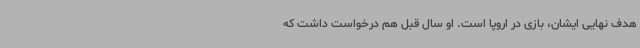
هدف نهایی ایشان، بازی در اروپا است. او سال قبل هم درخواست داشت که